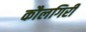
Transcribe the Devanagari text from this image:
कौलगिरी